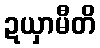
ဍယှာမီတိ